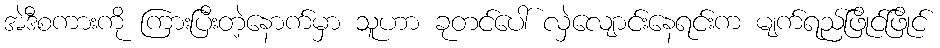
အဲဒီစကားကို ကြားပြီးတဲ့နောက်မှာ သူဟာ ခုတင်ပေါ် လှဲလျောင်းနေရင်းက မျက်ရည်ဖြိုင်ဖြိုင်